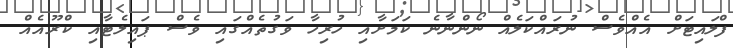
ފްލައިޓަށް އެއްވެސް ނުރައްކަލެއް ނޯންނާނެ ކަމަށާއި ހުރިހާ ވަގުތެއްގައި ވެސް ޕައިލެޓާއި ކްރޫއެއް